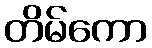
တိမ်ကော